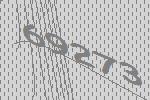
69273